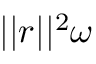
| | \boldsymbol { r } | | ^ { 2 } \boldsymbol { \omega }